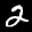
Label: 2